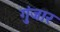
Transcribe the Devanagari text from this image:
गुंजार